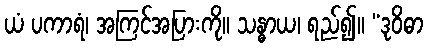
ယံ ပကာရံ၊ အကြင်အပြားကို။ သန္ဓာယ၊ ရည်၍။ “ဒုဝိဓာ